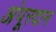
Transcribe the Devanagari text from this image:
अंपूरदान